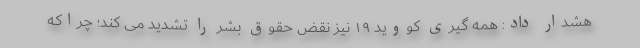
هشدار داد: همه گیری کووید ۱۹ نیز نقض حقوق بشر را تشدید می کند؛ چراکه